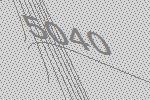
5040